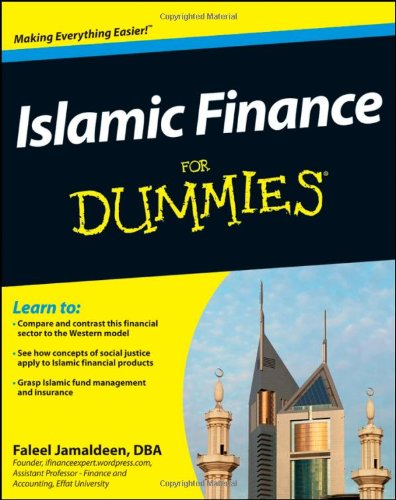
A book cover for Islamic Finance For Dummies; Faleel Jamaldeen; Religion & Spirituality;